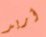
أريد